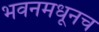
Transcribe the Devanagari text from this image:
भवनमधूनच